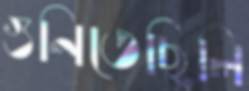
গুনিতেছিলি